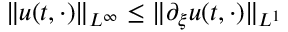
\| u ( t , \cdot ) \| _ { L ^ { \infty } } \leq \| \partial _ { \xi } u ( t , \cdot ) \| _ { L ^ { 1 } }